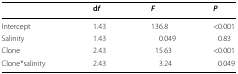
<table><thead><tr><td></td><td><b>d<i>f</i></b></td><td><b><i>F</i></b></td><td><b><i>P</i></b></td></tr></thead><tbody><tr><td>Intercept</td><td>1.43</td><td>136.8</td><td>&lt;0.001</td></tr><tr><td>Salinity</td><td>1.43</td><td>0.049</td><td>0.83</td></tr><tr><td>Clone</td><td>2.43</td><td>15.63</td><td>&lt;0.001</td></tr><tr><td>Clone*salinity</td><td>2.43</td><td>3.24</td><td>0.049</td></tr></tbody></table>